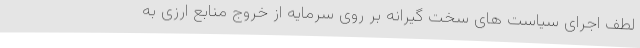
لطف اجرای سیاست های سخت گیرانه بر روی سرمایه از خروج منابع ارزی به